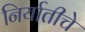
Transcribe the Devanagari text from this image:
निर्यातीचे